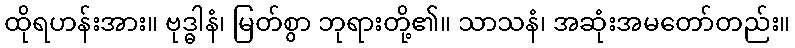
ထိုရဟန်းအား။ ဗုဒ္ဓါနံ၊ မြတ်စွာ ဘုရားတို့၏။ သာသနံ၊ အဆုံးအမတော်တည်း။